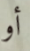
أو